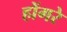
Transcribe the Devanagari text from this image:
होंगरे